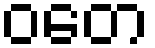
ဝတေ